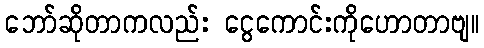
ဘော်ဆိုတာကလည်း ငွေကောင်းကိုဟောတာဗျ။